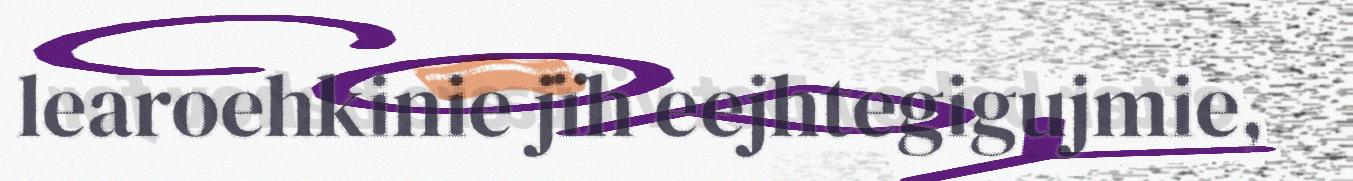
learoehkinie jïh eejhtegigujmie,